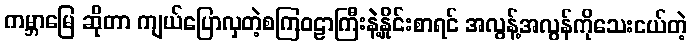
ကမ္ဘာမြေ ဆိုတာ ကျယ်ပြောလှတဲ့စကြဝဠာကြီးနဲ့နှိုင်းစာရင် အလွန့်အလွန်ကိုသေးငယ်တဲ့